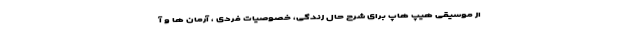
از موسیقی هیپ هاپ برای شرح حال زندگی، خصوصیات فردی ، آرمان ها و آ